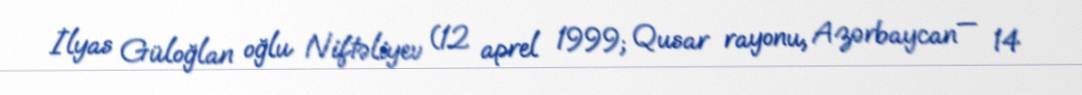
İlyas Güloğlan oğlu Niftəliyev (12 aprel 1999; Qusar rayonu, Azərbaycan — 14